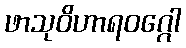
ဖာသုဝိဟာရဝဂ္ဂေါ